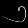
Digit: ၅